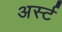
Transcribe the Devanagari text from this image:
अर्स्ट